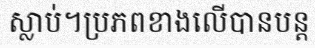
ស្លាប់។ប្រភពខាងលើបានបន្ត